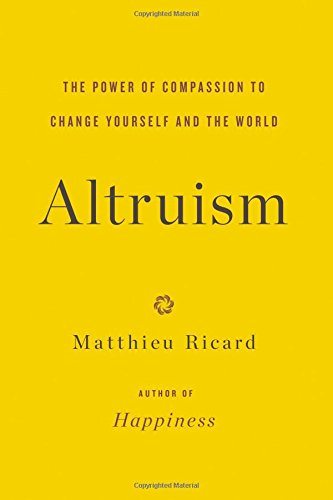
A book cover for Altruism: The Power of Compassion to Change Yourself and the World; Matthieu Ricard; Politics & Social Sciences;